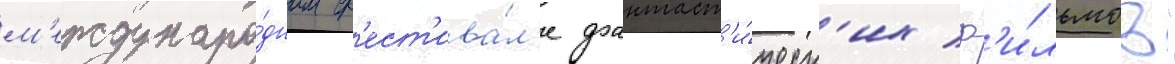
м'еждунаро́дном ф'ест'ива́л'е фантаст'и́ческ'их ф'и́льмов"